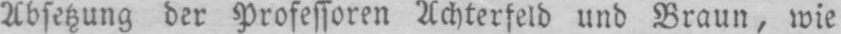
Absetzung der Professoren Achterfeld und Braun, wie